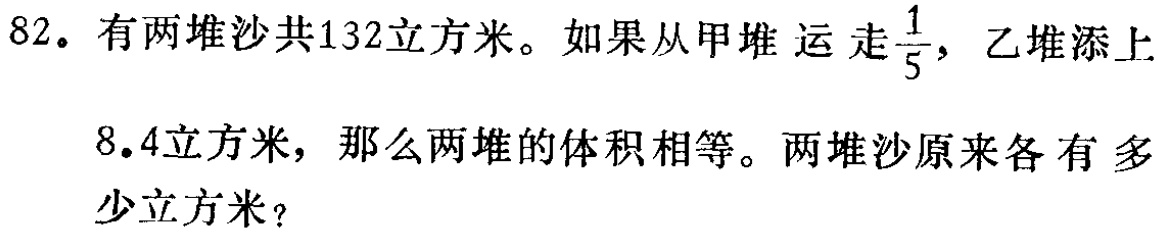
82. 有两堆沙共132立方米。如果从甲堆运走$\frac{1}{5}$，乙堆添上

8.4立方米，那么两堆的体积相等。两堆沙原来各有多少立方米？